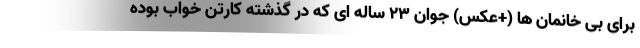
برای بی خانمان ها (+عکس) جوان ۲۳ ساله ای که در گذشته کارتن خواب بوده